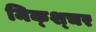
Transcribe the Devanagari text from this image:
मिक्‍श्‍चर